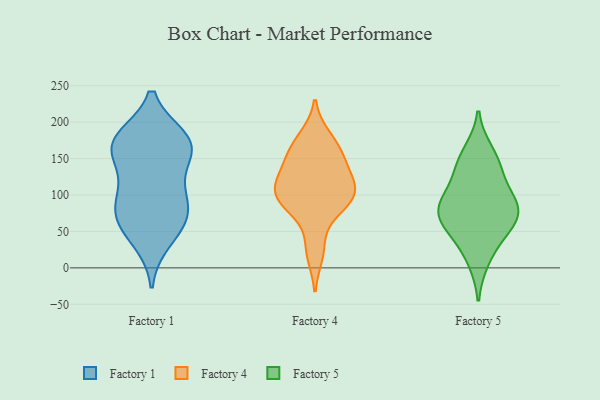
{"axis": {"x": "LTV (USD)", "y": "Value"}, "legend": ["Factory 1", "Factory 4", "Factory 5"], "data": [{"x": "", "y": 168, "type": "Factory 1"}, {"x": "", "y": 156, "type": "Factory 1"}, {"x": "", "y": 163, "type": "Factory 1"}, {"x": "", "y": 38, "type": "Factory 1"}, {"x": "", "y": 78, "type": "Factory 1"}, {"x": "", "y": 82, "type": "Factory 1"}, {"x": "", "y": 110, "type": "Factory 1"}, {"x": "", "y": 62, "type": "Factory 1"}, {"x": "", "y": 174, "type": "Factory 1"}, {"x": "", "y": 173, "type": "Factory 1"}, {"x": "", "y": 104, "type": "Factory 1"}, {"x": "", "y": 62, "type": "Factory 1"}, {"x": "", "y": 177, "type": "Factory 1"}, {"x": "", "y": 95, "type": "Factory 4"}, {"x": "", "y": 121, "type": "Factory 4"}, {"x": "", "y": 153, "type": "Factory 4"}, {"x": "", "y": 116, "type": "Factory 4"}, {"x": "", "y": 102, "type": "Factory 4"}, {"x": "", "y": 20, "type": "Factory 4"}, {"x": "", "y": 29, "type": "Factory 4"}, {"x": "", "y": 89, "type": "Factory 4"}, {"x": "", "y": 141, "type": "Factory 4"}, {"x": "", "y": 88, "type": "Factory 4"}, {"x": "", "y": 178, "type": "Factory 4"}, {"x": "", "y": 85, "type": "Factory 4"}, {"x": "", "y": 170, "type": "Factory 4"}, {"x": "", "y": 148, "type": "Factory 4"}, {"x": "", "y": 94, "type": "Factory 4"}, {"x": "", "y": 168, "type": "Factory 4"}, {"x": "", "y": 117, "type": "Factory 4"}, {"x": "", "y": 111, "type": "Factory 4"}, {"x": "", "y": 76, "type": "Factory 5"}, {"x": "", "y": 158, "type": "Factory 5"}, {"x": "", "y": 12, "type": "Factory 5"}, {"x": "", "y": 135, "type": "Factory 5"}, {"x": "", "y": 138, "type": "Factory 5"}, {"x": "", "y": 91, "type": "Factory 5"}, {"x": "", "y": 71, "type": "Factory 5"}, {"x": "", "y": 45, "type": "Factory 5"}, {"x": "", "y": 84, "type": "Factory 5"}, {"x": "", "y": 92, "type": "Factory 5"}, {"x": "", "y": 57, "type": "Factory 5"}]}